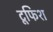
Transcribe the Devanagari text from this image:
टूफिश